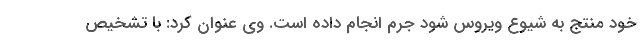
خود منتج به شیوع ویروس شود جرم انجام داده است. وی عنوان کرد: با تشخیص